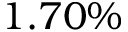
1 . 7 0 \%